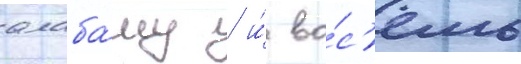
алаба́му / и́ во́с'емь